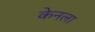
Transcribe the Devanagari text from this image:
केनला